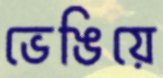
ভেঙিয়ে